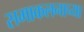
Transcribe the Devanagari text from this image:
समाकलनाच्या